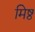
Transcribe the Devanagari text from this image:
मिष्ठ